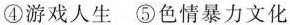
④游戏人生⑤色情暴力文化